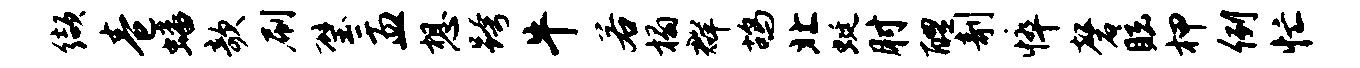
缬卷蟠欹刷璧盂想跨牛若榻群鸪北蜓肘醴剞悴磬眩柙例忙